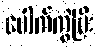
ပေါက်ကွဲပြီး